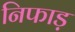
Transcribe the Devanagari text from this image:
निफाड़